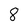
Character: 8